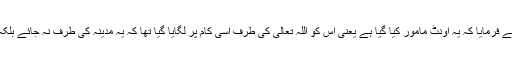
آپ صلی اللہ علیہ وسلم نے فرمایا کہ یہ اونٹ مامور کیا گیا ہے یعنی اس کو اللہ تعالیٰ کی طرف اسی کام پر لگایا گیا تھا کہ یہ مدینہ کی طرف نہ جائے بلکہ اُحُد کی طرف ہی رہے۔